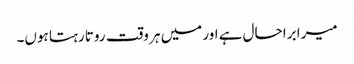
میرا برا حال ہے اور میں ہر وقت روتا رہتا ہوں۔